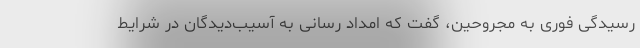
رسیدگی فوری به مجروحین، گفت که امداد رسانی به آسیب‌دیدگان در شرایط